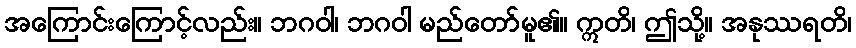
အကြောင်းကြောင့်လည်း။ ဘဂဝါ၊ ဘဂဝါ မည်တော်မူ၏။ ဣတိ၊ ဤသို့။ အနုဿရတိ၊